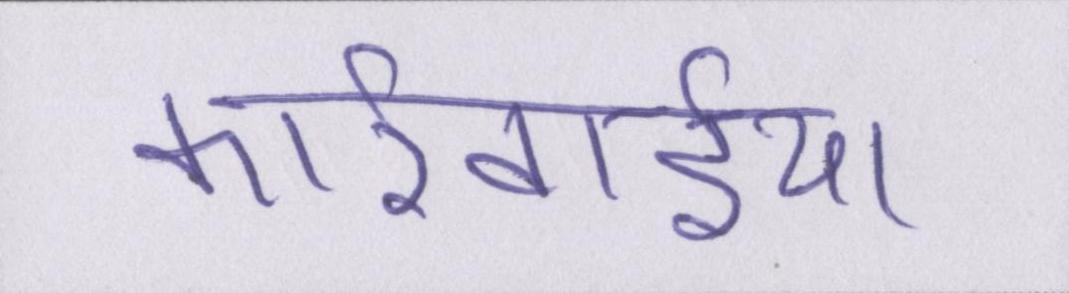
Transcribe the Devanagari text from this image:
कार्रवाईयां